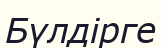
Бүлдірге